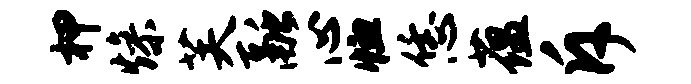
柙燥芙融心恤恁蕴斥